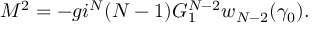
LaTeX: M ^ { 2 } = - g i ^ { N } ( N - 1 ) G _ { 1 } ^ { N - 2 } w _ { N - 2 } ( \gamma _ { 0 } ) .